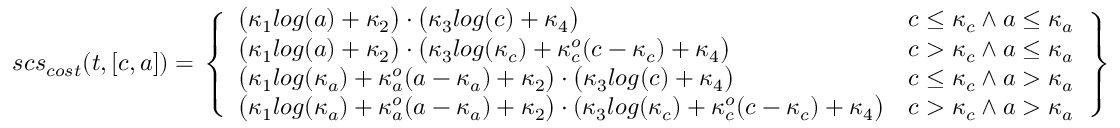
s c s _ { c o s t } ( t , [ c , a ] ) = \left. \left\{ \begin{array} { l l } { \big ( \kappa _ { 1 } l o g ( a ) + \kappa _ { 2 } \big ) \cdot \big ( \kappa _ { 3 } l o g ( c ) + \kappa _ { 4 } \big ) } & { c \leq \kappa _ { c } \wedge a \leq \kappa _ { a } } \\ { \big ( \kappa _ { 1 } l o g ( a ) + \kappa _ { 2 } \big ) \cdot \big ( \kappa _ { 3 } l o g ( \kappa _ { c } ) + \kappa _ { c } ^ { o } ( c - \kappa _ { c } ) + \kappa _ { 4 } \big ) } & { c > \kappa _ { c } \wedge a \leq \kappa _ { a } } \\ { \big ( \kappa _ { 1 } l o g ( \kappa _ { a } ) + \kappa _ { a } ^ { o } ( a - \kappa _ { a } ) + \kappa _ { 2 } \big ) \cdot \big ( \kappa _ { 3 } l o g ( c ) + \kappa _ { 4 } \big ) } & { c \leq \kappa _ { c } \wedge a > \kappa _ { a } } \\ { \big ( \kappa _ { 1 } l o g ( \kappa _ { a } ) + \kappa _ { a } ^ { o } ( a - \kappa _ { a } ) + \kappa _ { 2 } \big ) \cdot ( \kappa _ { 3 } l o g ( \kappa _ { c } ) + \kappa _ { c } ^ { o } ( c - \kappa _ { c } ) + \kappa _ { 4 } \big ) } & { c > \kappa _ { c } \wedge a > \kappa _ { a } } \end{array} \right. \right\}